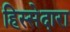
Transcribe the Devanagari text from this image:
हिस्सेदारा